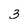
Character: 3